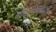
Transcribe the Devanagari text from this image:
बोधिदुर्लमभावना